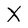
Character: X